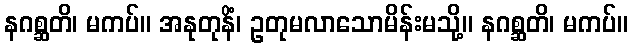
နဂစ္ဆတိ၊ မကပ်။ အနုတုနိံ၊ ဥတုမလာသောမိန်းမသို့။ နဂစ္ဆတိ၊ မကပ်။